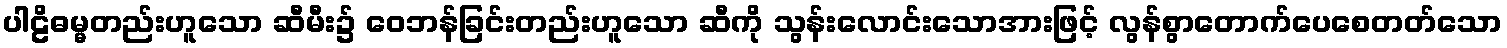
ပါဠိဓမ္မတည်းဟူသော ဆီမီး၌ ဝေဘန်ခြင်းတည်းဟူသော ဆီကို သွန်းလောင်းသောအားဖြင့် လွန်စွာတောက်ပေစေတတ်သော